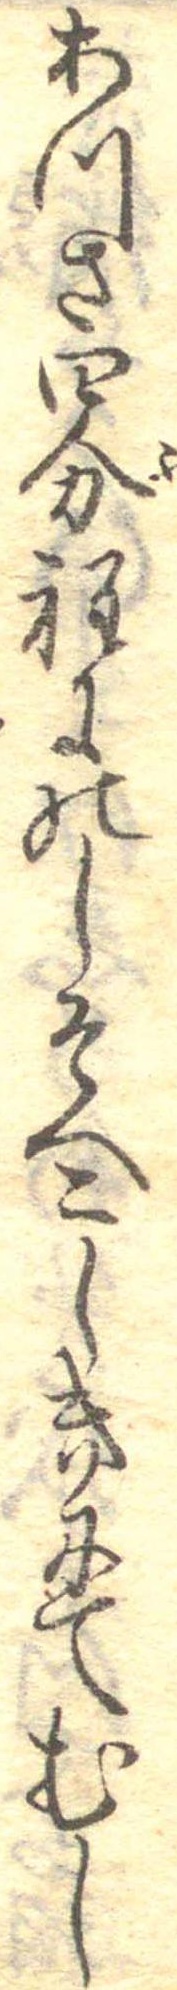
あつさ四分程にのしそへこしきにてむし